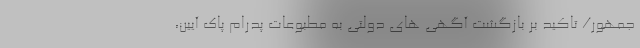
جمهور/ تاکید بر بازگشت آگهی های دولتی به مطبوعات پدرام پاک آیین،